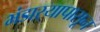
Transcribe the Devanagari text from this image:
भंडाऱ्यापासून